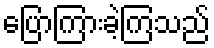
ပြောကြားခဲ့ကြသည်